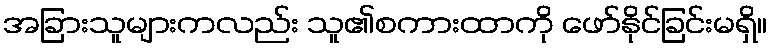
အခြားသူများကလည်း သူ၏စကားထာကို ဖော်နိုင်ခြင်းမရှိ။